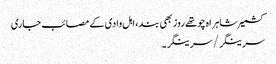
کشمیر شاہراہ چوتھے روز بھی بند، اہل وادی کے مصائب جاری
سرینگر/سرینگر۔